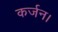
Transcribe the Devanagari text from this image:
कर्जन।